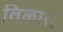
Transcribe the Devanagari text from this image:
तिळात